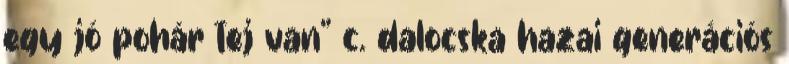
egy jó pohár tej van" c. dalocska hazai generációs